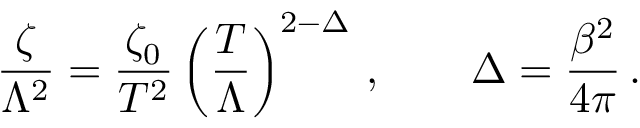
\frac \zeta { \Lambda ^ { 2 } } = \frac { \zeta _ { 0 } } { T ^ { 2 } } \left( \frac T \Lambda \right) ^ { 2 - \Delta } \, , \qquad \Delta = \frac { \beta ^ { 2 } } { 4 \pi } \, .